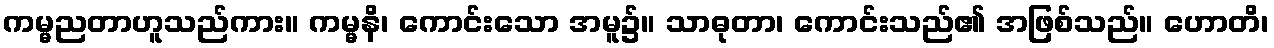
ကမ္မညတာဟူသည်ကား။ ကမ္မနိ၊ ကောင်းသော အမူ၌။ သာဓုတာ၊ ကောင်းသည်၏ အဖြစ်သည်။ ဟောတိ၊